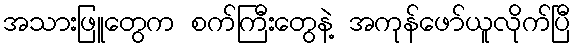
အသားဖြူတွေက စက်ကြီးတွေနဲ့ အကုန်ဖော်ယူလိုက်ပြီ